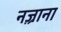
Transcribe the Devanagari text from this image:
नज़्राना